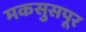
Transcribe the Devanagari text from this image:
मकसुसपूर